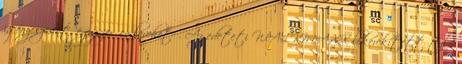
igény szerint, egyszerűen levehető. Az edeteti WALKMAXX lekerekített talp